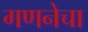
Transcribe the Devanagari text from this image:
गणनेचा